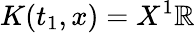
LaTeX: K(t_{1},x)=X^{1}\mathbb{R}